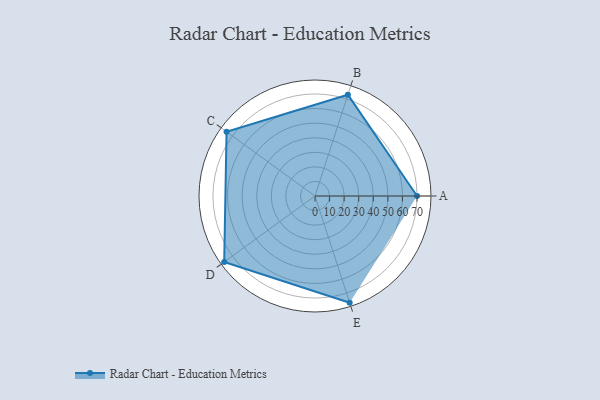
{"axis": {"x": "Skill", "y": "Score"}, "legend": ["Profile"], "data": [{"x": "A", "y": 70.0, "type": "Profile"}, {"x": "B", "y": 73.0, "type": "Profile"}, {"x": "C", "y": 75.0, "type": "Profile"}, {"x": "D", "y": 77.0, "type": "Profile"}, {"x": "E", "y": 77.0, "type": "Profile"}]}